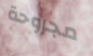
مجروحة